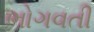
ભોગવતી